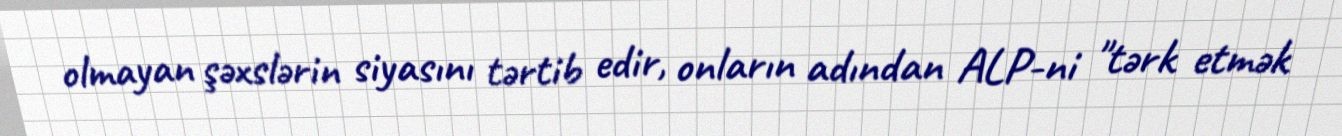
olmayan şəxslərin siyasını tərtib edir, onların adından ALP-ni "tərk etmək